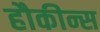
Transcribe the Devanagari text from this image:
हौकीन्स